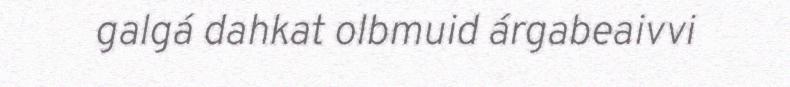
galgá dahkat olbmuid árgabeaivvi